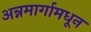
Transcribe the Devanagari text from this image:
अन्नमार्गामधून